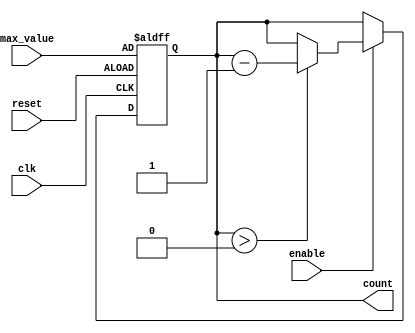
module down_counter (
    input wire clk,          // Clock signal
    input wire enable,       // Enable signal
    input wire reset,        // Asynchronous reset signal
    input wire [3:0] max_value, // Max value for the counter (N-1 for N-bit counter)
    output reg [3:0] count   // Current count value
);

    // Asynchronous reset and synchronous decrement
    always @(posedge clk or posedge reset) begin
        if (reset) begin
            // Reset the counter to max_value
            count <= max_value;
        end else if (enable) begin
            // Decrement the counter if enable is high
            if (count > 0) begin
                count <= count - 1;
            end
        end
    end

endmodule